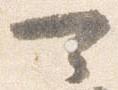
可